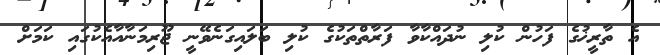
އެ ތާރީޚުގެ ފަހުން ކުލި ނުދައްކާވާ ފަރާތްތަކުގެ ކުލި ބަލައިގަނެވޭނީ ޖޫރިމަނާއާއެކުގައި ކަމަށް